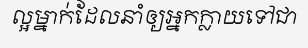
ល្អម្នាក់ដែលនាំឲ្យអ្នកក្លាយទៅជា